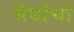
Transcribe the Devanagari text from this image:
मेघांचा